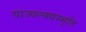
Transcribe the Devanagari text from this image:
याज्‍वल्क्यस्मृति